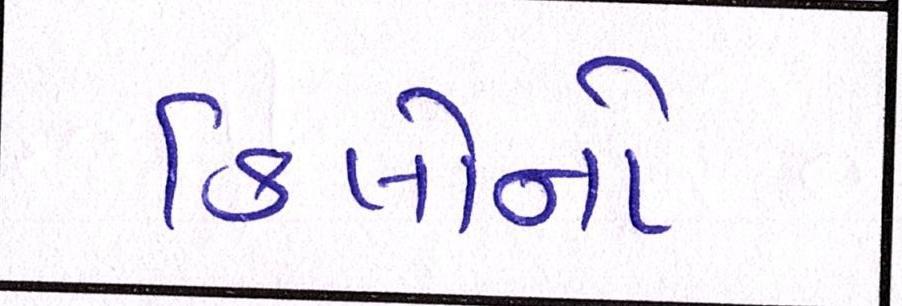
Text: કિલોનો